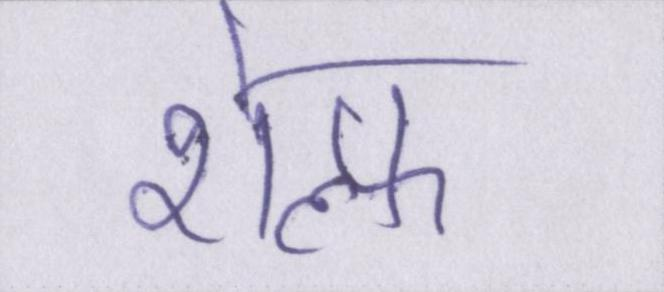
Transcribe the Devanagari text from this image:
शेल्फ